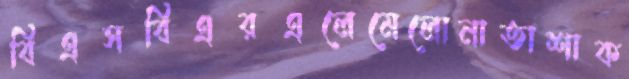
বিএসবিএরএলেমেলোনাতাশাক